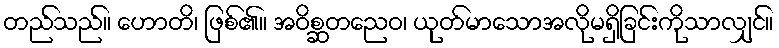
တည်သည်။ ဟောတိ၊ ဖြစ်၏။ အဝိစ္ဆတညေဝ၊ ယုတ်မာသောအလိုမရှိခြင်းကိုသာလျှင်။